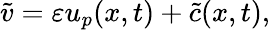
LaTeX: \tilde{v}=\varepsilon u_{p}(x,t)+\tilde{c}(x,t),